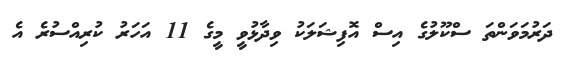
ދަރުމަވަންތަ ސްކޫލުގެ އިސް އޮފިޝަލަކު ވިދާޅުވީ މީގެ 11 އަހަރު ކުރިއްސުރެ އެ